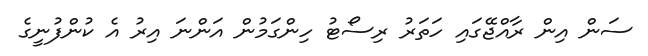
ސަން އިން ރާއްޖޭގައި ހަތަރު ރިސޯޓު ހިންގަމުން އަންނަ އިރު އެ ކުންފުނީގެ